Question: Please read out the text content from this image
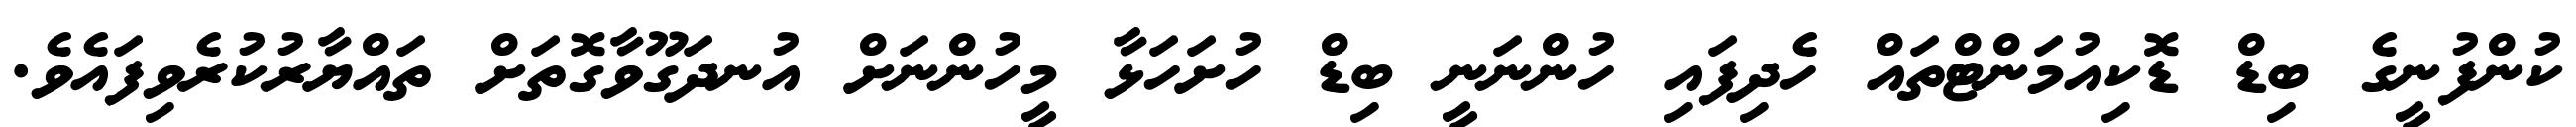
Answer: ކުންފުނީގެ ބިޑް ޑޮކިއުމަންޓްތައް ހެދިފައި ހުންނަނީ ބިޑް ހުށަހަޅާ މީހުންނަށް އުނދަގޫވާގޮތަށް ތައްޔާރުކުރެވިފައެވެ.